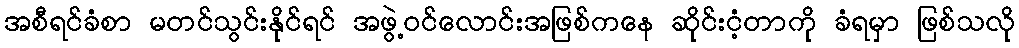
အစီရင်ခံစာ မတင်သွင်းနိုင်ရင် အဖွဲ့ဝင်လောင်းအဖြစ်ကနေ ဆိုင်းငံ့တာကို ခံရမှာ ဖြစ်သလို